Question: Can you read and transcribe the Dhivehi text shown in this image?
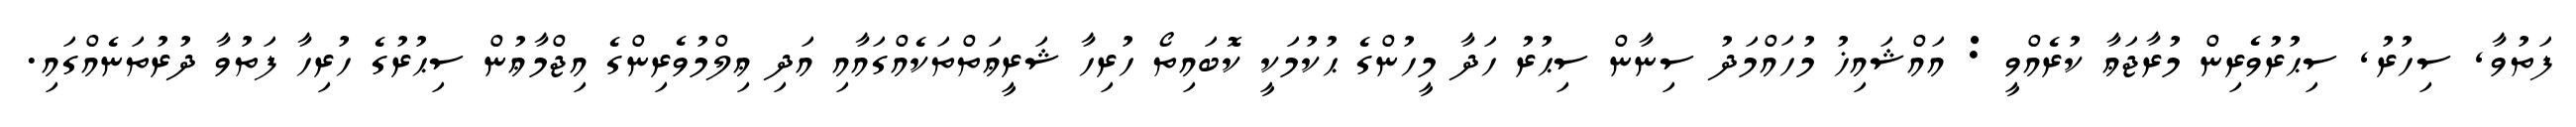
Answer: ފަތުވާ, ސިހުރު, ސިޙުރުވެރިން މުރާޖަޢާ ކުރެއްވީ : އައްޝައިޚު މުހައްމަދު ސިނާން ސިޙުރު ހަދާ މީހުންގެ ޙުކުމަކީ ކޮބައިތޯ ހުރިހާ ޝަރީޢަތްތަކެއްގައާއި އަދި ޢިލްމުވެރިންގެ އިޖްމާޢުން ސިޙުރުގެ ހުރިހާ ފަތުވާ ދުރުތަނެއްގައި.